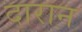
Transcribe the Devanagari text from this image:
दारान